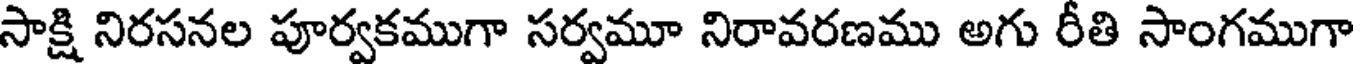
సాక్షి నిరసనల పూర్వకముగా సర్వమూ నిరావరణము అగు రీతి సాంగముగా